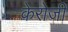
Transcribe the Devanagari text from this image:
केरोजी